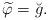
LaTeX: \begin{align*}\widetilde{\varphi}=\breve{g}. \end{align*}